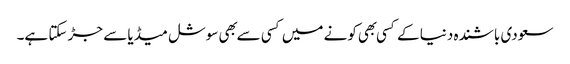
سعودی باشنده دنیا کے کسی بهی کونے میں کسی سے بهی سوشل میڈیا سے جڑ سکتا ہے۔